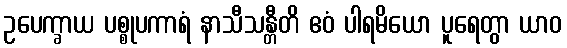
ဥပေက္ခာယ ပစ္စုပကာရံ နာသီသန္တီတိ ဧဝံ ပါရမိယော ပူရေတွာ ယာဝ